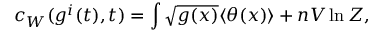
c _ { W } ( g ^ { i } ( t ) , t ) = \int \sqrt { g ( x ) } \langle \theta ( x ) \rangle + n V \ln Z ,